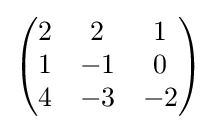
{\begin{pmatrix}2&2&1\\1&-1&0\\4&-3&-2\end{pmatrix}}